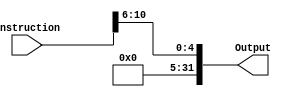
module shamtModule(instruction,Output);

input [31:0] instruction;
output [31:0] Output;

and Gate1(Output[0],1,instruction[6]);
and Gate2(Output[1],1,instruction[7]);
and Gate3(Output[2],1,instruction[8]);
and Gate4(Output[3],1,instruction[9]);
and Gate5(Output[4],1,instruction[10]);
and Gate6(Output[5],0,0);
and Gate7(Output[6],0,0);
and Gate8(Output[7],0,0);
and Gate9(Output[8],0,0);
and Gate10(Output[9],0,0);
and Gate11(Output[10],0,0);
and Gate(Output[11],0,0);
and Gate12(Output[12],0,0);
and Gate13(Output[13],0,0);
and Gate14(Output[14],0,0);
and Gate15(Output[15],0,0);
and Gate16(Output[16],0,0);
and Gate17(Output[17],0,0);
and Gate18(Output[18],0,0);
and Gate19(Output[19],0,0);
and Gate20(Output[20],0,0);
and Gate21(Output[21],0,0);
and Gate22(Output[22],0,0);
and Gate23(Output[23],0,0);
and Gate24(Output[24],0,0);
and Gate25(Output[25],0,0);
and Gate26(Output[26],0,0);
and Gate27(Output[27],0,0);
and Gate28(Output[28],0,0);
and Gate29(Output[29],0,0);
and Gate30(Output[30],0,0);
and Gate31(Output[31],0,0);


endmodule